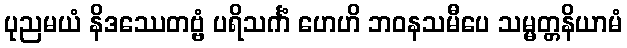
ပုညမယံ နိဒဿေတဗ္ဗံ ပရိသင်္ကံ ဟေဟိ ဘဝနသမီပေ သမ္မတ္တနိယာမံ